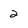
Character: 2